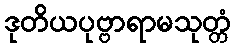
ဒုတိယပုဗ္ဗာရာမသုတ္တံ